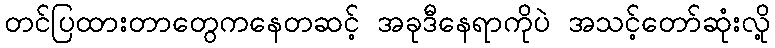
တင်ပြထားတာတွေကနေတဆင့် အခုဒီနေရာကိုပဲ အသင့်တော်ဆုံးလို့